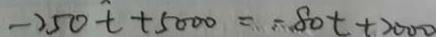
- 2 5 0 t + 5 0 0 0 = - 8 0 t + 2 0 0 0